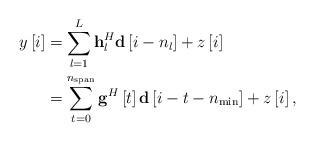
LaTeX: \begin{align*} \begin{aligned} y\left[ i \right] &= \sum\limits_{l = 1}^L {{\bf{h}}_l^H{\bf{d}}\left[ {i - {n_l}} \right]} + z\left[ i \right]\\ &= \sum\limits_{t = 0}^{{n_{{\rm{span}}}}} {{{\bf{g}}^H}\left[ t \right]{\bf{d}}\left[ {i - t - {n_{\min }}} \right]} + z\left[ i \right], \end{aligned} \end{align*}